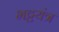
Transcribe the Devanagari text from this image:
भट्टयंत्र